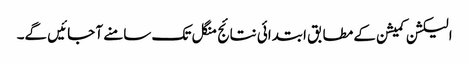
الیکشن کمیشن کے مطابق ابتدائی نتائج منگل تک سامنے آ جائیں گے۔